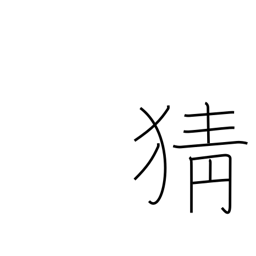
Meaning: jealousy